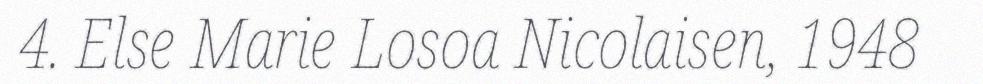
4. Else Marie Losoa Nicolaisen, 1948